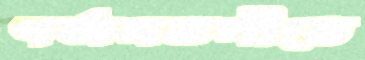
গর্জনতলীতে